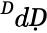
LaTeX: ^ḊdḌ